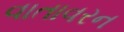
વાતાવરન